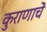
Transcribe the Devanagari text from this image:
कुराणाचें